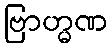
ဗြာဟ္မဏ